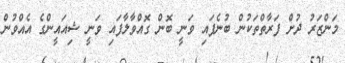
މަންޒަރު ދުށް ފަރާތްތަކުން ބުނެފައި ވަނީ ބޮން ގޮއްވާލާފައި ވަނީ ޝިއައީންގެ އެއްވުން